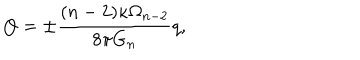
Q = \pm \frac { ( n - 2 ) \kappa \Omega _ { n - 2 } } { 8 \pi G _ { n } } q ,